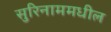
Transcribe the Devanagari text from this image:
सुरिनाममधील